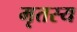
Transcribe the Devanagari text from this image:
मृतस्य